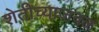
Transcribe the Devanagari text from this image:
शेतीच्याजवळ